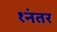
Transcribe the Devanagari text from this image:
१नंतर